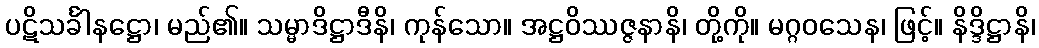
ပဋိသင်္ခါနဋ္ဌော၊ မည်၏။ သမ္မာဒိဋ္ဌာဒီနိ၊ ကုန်သော။ အဋ္ဌဝိဿဇ္ဇနာနိ၊ တို့ကို။ မဂ္ဂဝသေန၊ ဖြင့်။ နိဒ္ဒိဋ္ဌာနိ၊